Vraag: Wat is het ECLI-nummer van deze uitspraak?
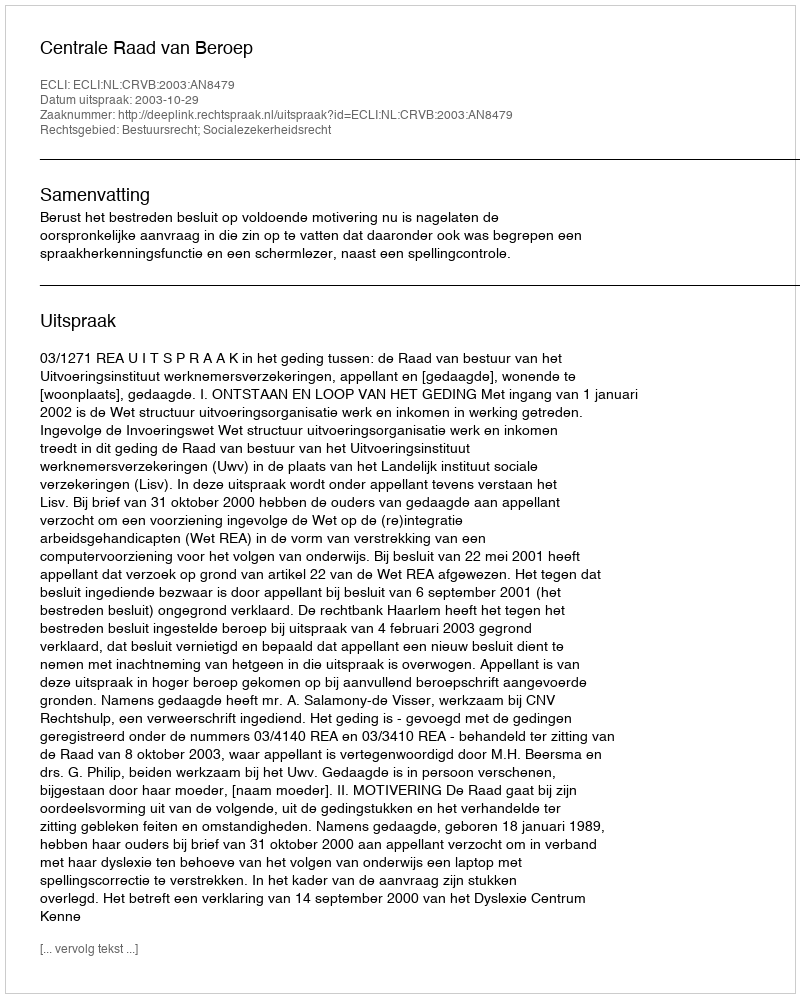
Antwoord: ECLI:NL:CRVB:2003:AN8479